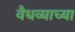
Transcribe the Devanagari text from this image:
वैधव्याच्या